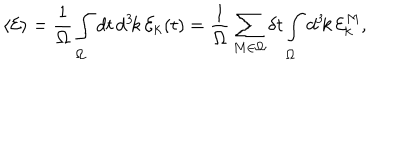
\langle { \cal E } \rangle = { \frac { 1 } { \Omega } } \int _ { \Omega } d t \, d ^ { 3 } \! k \, { \cal E } _ { \bf k } ( t ) = { \frac { 1 } { \Omega } } \sum _ { M \in \Omega } \delta t \int _ { \Omega } d ^ { 3 } \! k \, { \cal E } _ { \bf k } ^ { M } ,